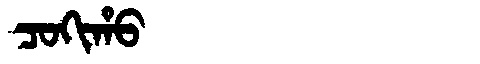
Manchu: ᠴᠣᡴᡳᡥᠣ
Romanization: COKIHO